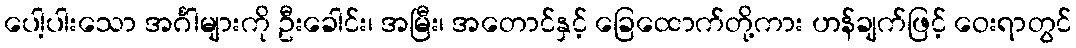
ပေါ့ပါးသော အင်္ဂါများကို ဦးခေါင်း၊ အမြီး၊ အတောင်နှင့် ခြေထောက်တို့ကား ဟန်ချက်ဖြင့် ဝေးရာတွင်